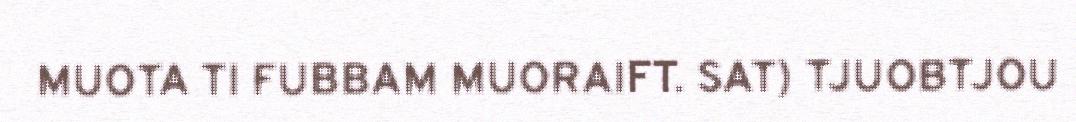
MUOTA TI FUBBAM MUORAIFT. SAT) TJUOBTJOU